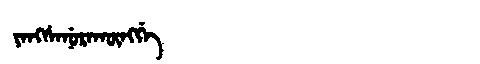
Manchu: ᠶᠠᠩᠰᠠᠨᡠᡵᠠᡴᡡᠩᡤᡝ
Romanization: YANGSANURAKŪNGGE